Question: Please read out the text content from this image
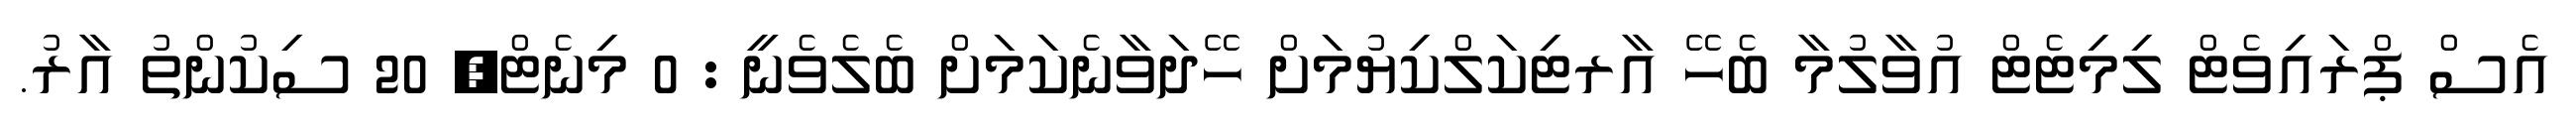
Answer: އެސް ޕްރައިވެޓް ލިމިޓެޓް އުވާލުމާ ބެހޭ އާރޓިކަލްކިޔުމަށް ހޭދަވާނެކަމަށް ބެލެވެނީ : 0 މިނެޓް, 20 ސިކުންތު އާރު.